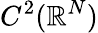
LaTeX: C^{2}(\mathbb{R}^{N})